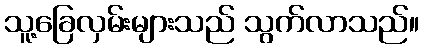
သူ့ခြေလှမ်းများသည် သွက်လာသည်။